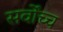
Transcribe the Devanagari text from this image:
सर्वोंच्च